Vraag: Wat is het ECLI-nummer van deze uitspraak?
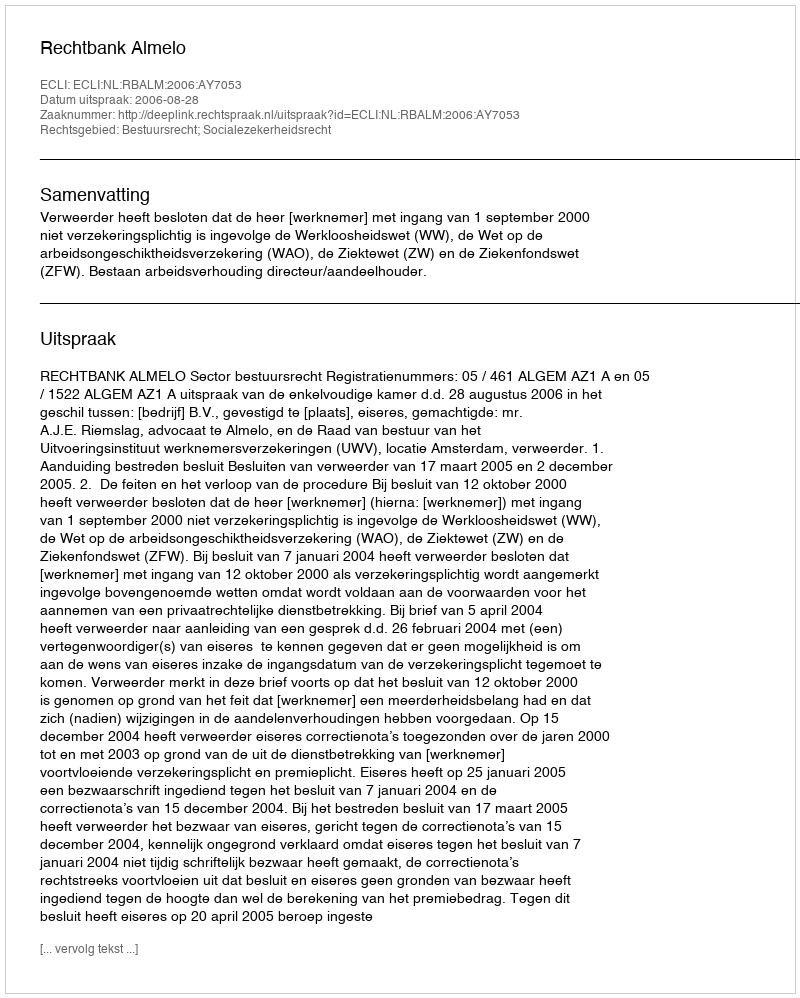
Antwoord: ECLI:NL:RBALM:2006:AY7053